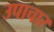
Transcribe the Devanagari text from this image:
उपाचार